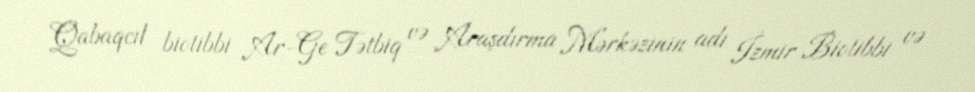
Qabaqcıl biotibbi Ar-Ge Tətbiq və Araşdırma Mərkəzinin adı İzmir Biotibbi və